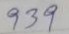
939